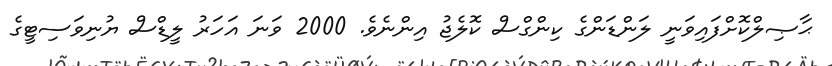
ޙާޞިލްކޮށްފައިވަނީ ލަންޑަންގެ ކިންގްސް ކޮލެޖު އިންނެވެ. 2000 ވަނަ އަހަރު ލީޑްސް ޔުނިވަސިޓީގެ